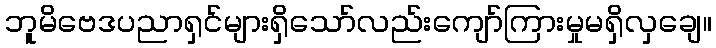
ဘူမိဗေဒပညာရှင်များရှိသော်လည်းကျော်ကြားမှုမရှိလှချေ။